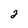
Character: 2